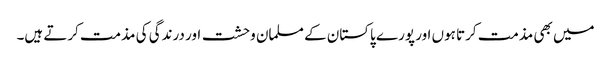
میں بھی مذمت کرتا ہوں اور پورے پاکستان کے مسلمان وحشت اور درندگی کی مذمت کرتے ہیں۔